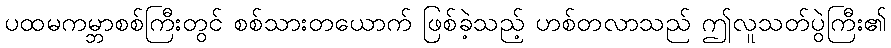
ပထမကမ္ဘာစစ်ကြီးတွင် စစ်သားတယောက် ဖြစ်ခဲ့သည့် ဟစ်တလာသည် ဤလူသတ်ပွဲကြီး၏